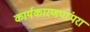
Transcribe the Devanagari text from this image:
कार्यकारणपरंपरा